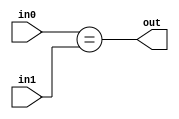
module coreir_eq #(
    parameter width = 1
) (
    input [width-1:0] in0,
    input [width-1:0] in1,
    output out
);
  assign out = in0 == in1;
endmodule

module corebit_not (
    input in,
    output out
);
  assign out = ~in;
endmodule

module NE4 (
    input [3:0] I0,
    input [3:0] I1,
    output O
);
wire coreir_eq_4_inst0_out;
wire not_inst0_out;
coreir_eq #(
    .width(4)
) coreir_eq_4_inst0 (
    .in0(I0),
    .in1(I1),
    .out(coreir_eq_4_inst0_out)
);
corebit_not not_inst0 (
    .in(coreir_eq_4_inst0_out),
    .out(not_inst0_out)
);
assign O = not_inst0_out;
endmodule